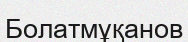
Болатмұқанов